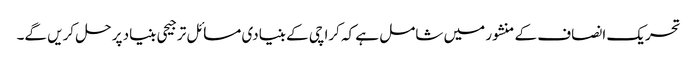
تحریک انصاف کے منشور میں شامل ہے کہ کراچی کے بنیادی مسائل ترجیحی بنیاد پر حل کریں گے۔